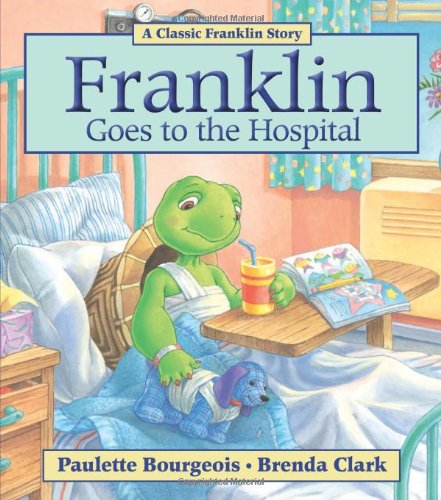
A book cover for Franklin Goes to the Hospital; Paulette Bourgeois; Children's Books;